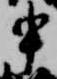
申